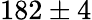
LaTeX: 182\pm 4